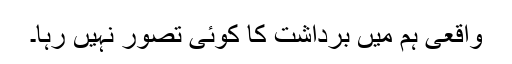
واقعی ہم میں برداشت کا کوئی تصور نہیں رہا۔